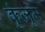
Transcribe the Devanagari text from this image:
कुंज़ुम